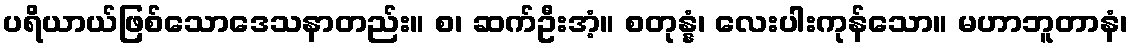
ပရိယာယ်ဖြစ်သောဒေသနာတည်း။ စ၊ ဆက်ဦးအံ့။ စတုန္နံ၊ လေးပါးကုန်သော။ မဟာဘူတာနံ၊